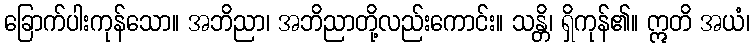
ခြောက်ပါးကုန်သော။ အဘိညာ၊ အဘိညာတို့လည်းကောင်း။ သန္တိ၊ ရှိကုန်၏။ ဣတိ အယံ၊